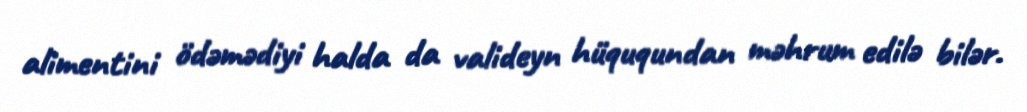
alimentini ödəmədiyi halda da valideyn hüququndan məhrum edilə bilər.